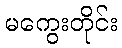
မကွေးတိုင်း